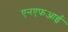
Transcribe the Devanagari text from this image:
एनएफआई